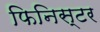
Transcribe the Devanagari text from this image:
फिनिस्टर